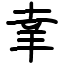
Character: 𦍒